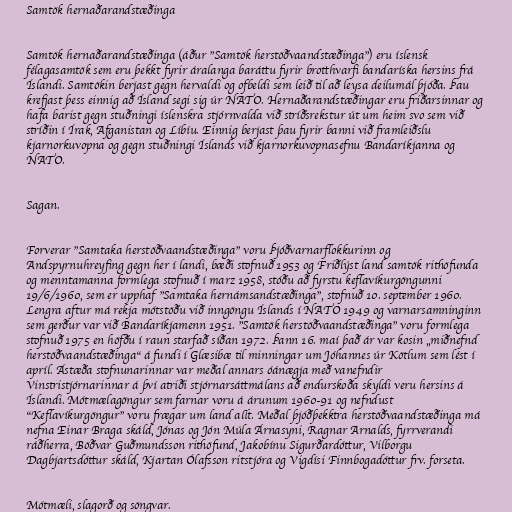
Samtök hernaðarandstæðinga

Samtök hernaðarandstæðinga (áður "Samtök herstöðvaandstæðinga") eru íslensk
félagasamtök sem eru þekkt fyrir áralanga baráttu fyrir brotthvarfi bandaríska hersins frá
Íslandi. Samtökin berjast gegn hervaldi og ofbeldi sem leið til að leysa deilumál þjóða. Þau
krefjast þess einnig að Ísland segi sig úr NATO. Hernaðarandstæðingar eru friðarsinnar og
hafa barist gegn stuðningi íslenskra stjórnvalda við stríðsrekstur út um heim svo sem við
stríðin í Írak, Afganistan og Líbíu. Einnig berjast þau fyrir banni við framleiðslu
kjarnorkuvopna og gegn stuðningi Íslands við kjarnorkuvopnasefnu Bandaríkjanna og
NATO.

Sagan.

Forverar "Samtaka herstöðvaandstæðinga" voru Þjóðvarnarflokkurinn og
Andspyrnuhreyfing gegn her í landi, bæði stofnuð 1953 og Friðlýst land samtök rithöfunda
og menntamanna formlega stofnuð í marz 1958, stóðu að fyrstu keflavíkurgöngunni
19/6/1960, sem er upphaf "Samtaka hernámsandstæðinga", stofnuð 10. september 1960.
Lengra aftur má rekja mótstöðu við inngöngu Íslands í NATO 1949 og varnarsamninginn
sem gerður var við Bandaríkjamenn 1951. "Samtök herstöðvaandstæðinga" voru formlega
stofnuð 1975 en höfðu í raun starfað síðan 1972. Þann 16. maí það ár var kosin „miðnefnd
herstöðvaandstæðinga“ á fundi í Glæsibæ til minningar um Jóhannes úr Kötlum sem lést í
apríl. Ástæða stofnunarinnar var meðal annars óánægja með vanefndir
Vinstristjórnarinnar á því atriði stjórnarsáttmálans að endurskoða skyldi veru hersins á
Íslandi. Mótmælagöngur sem farnar voru á árunum 1960-91 og nefndust
"Keflavíkurgöngur" voru frægar um land allt. Meðal þjóðþekktra herstöðvaandstæðinga má
nefna Einar Braga skáld, Jónas og Jón Múla Árnasyni, Ragnar Arnalds, fyrrverandi
ráðherra, Böðvar Guðmundsson rithöfund, Jakobínu Sigurðardóttur, Vilborgu
Dagbjartsdóttur skáld, Kjartan Ólafsson ritstjóra og Vigdísi Finnbogadóttur frv. forseta.

Mótmæli, slagorð og söngvar.